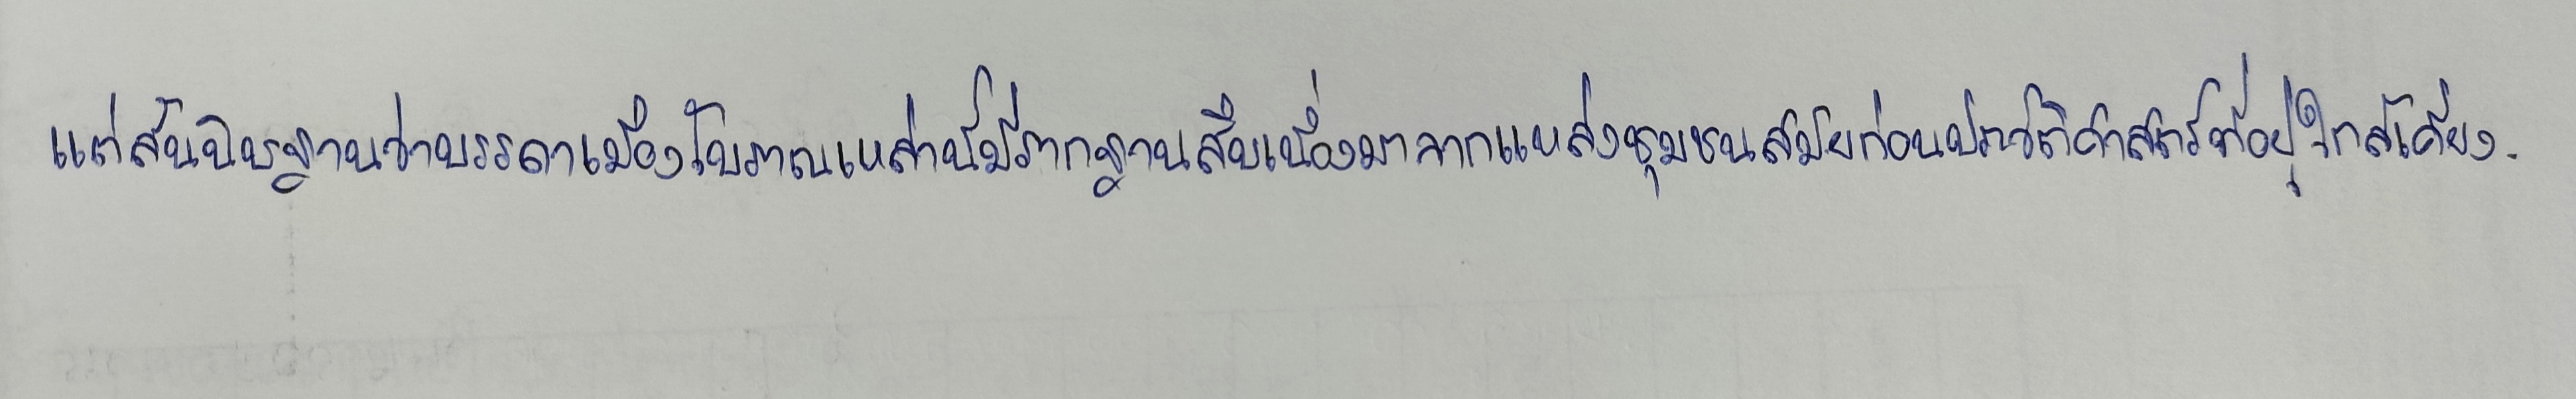
แต่สันนิษฐานว่าบรรดาเมืองโบราณเหล่านี้มีรากฐานสืบเนื่องมาจากแหล่งชุมชนสมัยก่อนประวัติศาสตร์ที่อยู่ใกล้เคียง